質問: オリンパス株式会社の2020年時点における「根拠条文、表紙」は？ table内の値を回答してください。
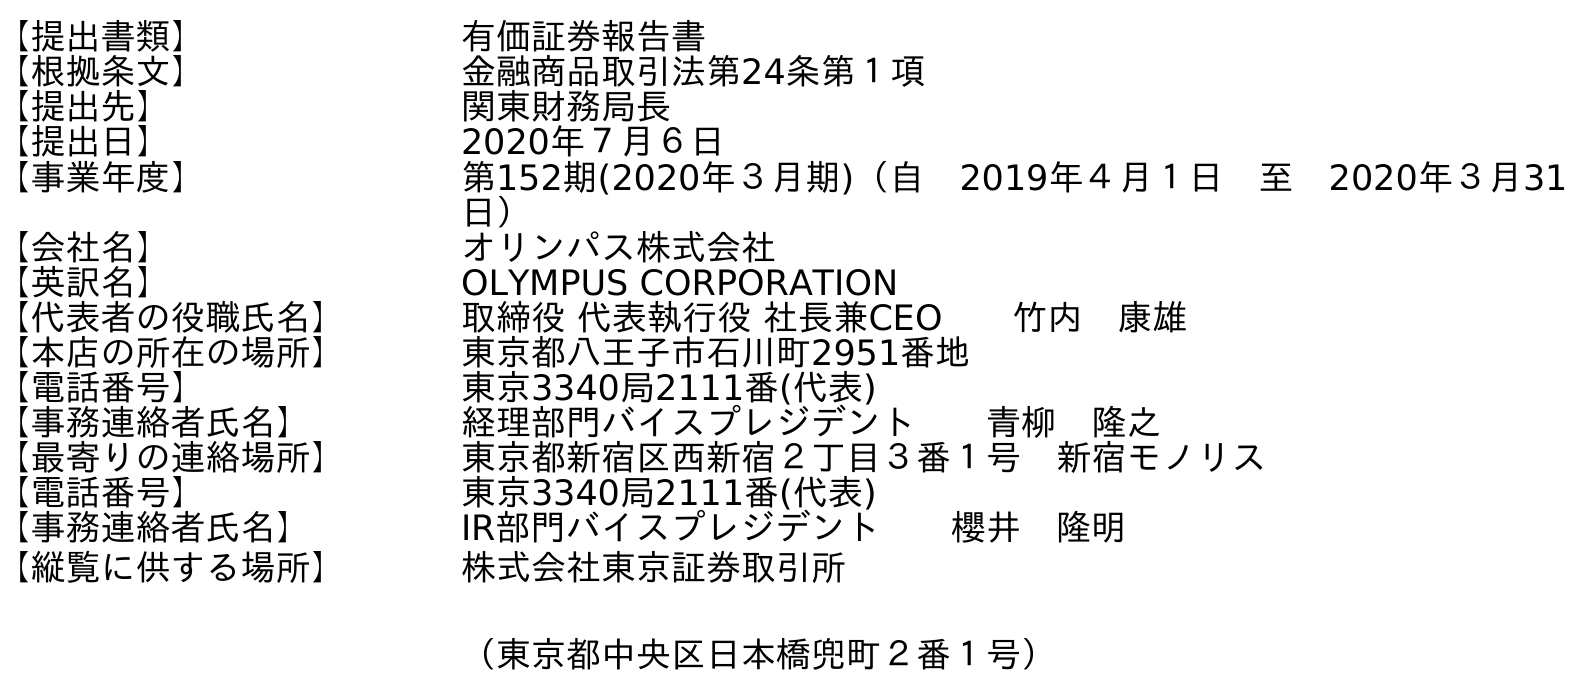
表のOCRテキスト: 【提出書類】 有価証券報告書 【根拠条文】 金融商品取引法第24条第１項 【提出先】 関東財務局長 【提出日】 2020年７月６日 【事業年度】 第152期(2020年３月期)（自 2019年４月１日 至 2020年３月31 日） 【会社名】 オリンパス株式会社 【英訳名】 OLYMPUS CORPORATION 【代表者の役職氏名】 取締役 代表執行役 社長兼CEO  竹内 康雄 【本店の所在の場所】 東京都八王子市石川町2951番地 【電話番号】 東京3340局2111番(代表) 【事務連絡者氏名】 経理部門バイスプレジデント  青柳 隆之 【最寄りの連絡場所】 東京都新宿区西新宿２丁目３番１号 新宿モノリス 【電話番号】 東京3340局2111番(代表) 【事務連絡者氏名】 IR部門バイスプレジデント  櫻井 隆明 【縦覧に供する場所】 株式会社東京証券取引所 （東京都中央区日本橋兜町２番１号）
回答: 金融商品取引法第24条第１項